Source: Handwritten
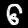
Digit: ၆ (6)